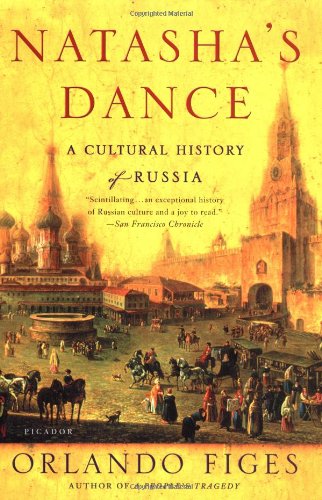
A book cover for Natasha's Dance: A Cultural History of Russia; Orlando Figes; History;